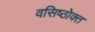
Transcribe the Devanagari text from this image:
वसिष्ठोक्त